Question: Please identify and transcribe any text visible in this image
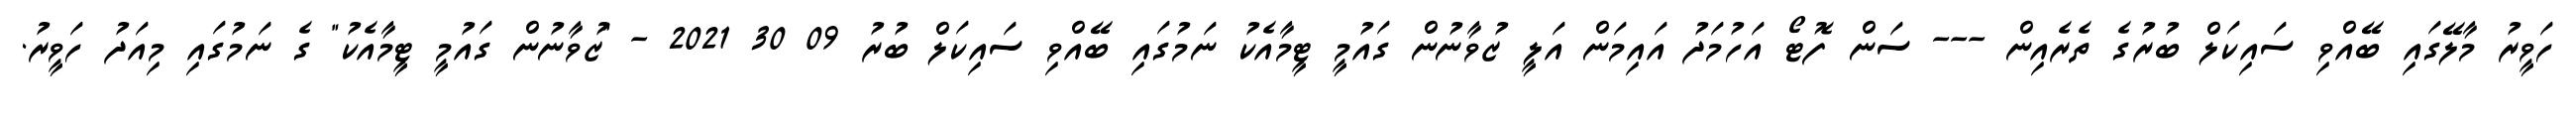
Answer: ހަވީރު މާލޭގައި ބޭއްވި ސައިކަލް ބުރުގެ ތެރެއިން --- ސަން ފޮޓޯ އަހުމަދު އައިމަން އަލީ ޒުވާނުން ގައުމީ ޓީމާއެކު ނަމުގައި ބޭއްވި ސައިކަލް ބުރު 09 30 2021 - "ޒުވާނުން ގައުމީ ޓީމާއެކު" ގެ ނަމުގައި މިއަދު ހަވީރު.